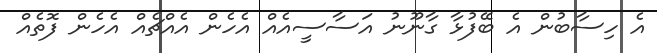
އެ ހިސާބުން އެ ބޭފުޅާ ގާނޫނު އަސާސީއެއް އެހެން އެއްޗެއް އެހެން ފޮތެއް